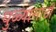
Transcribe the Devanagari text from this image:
धुळ्यासाठी